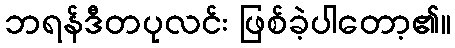
ဘရန်ဒီတပုလင်း ဖြစ်ခဲ့ပါတော့၏။